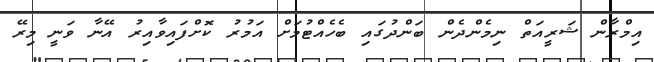
އިމްރާން ޝަރީއަތް ނިމެންދެން ބަންދުގައި ބެހެއްޓުމަށް އަމުރު ކޮށްފައިވާއިރު އޭނާ ވަނީ މިރޭ